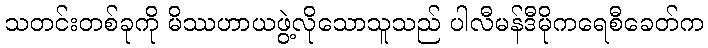
သတင်းတစ်ခုကို မိဿဟာယဖွဲ့လိုသောသူသည် ပါလီမန်ဒီမိုကရေစီခေတ်က